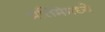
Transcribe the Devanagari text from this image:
प्रतिमेमध्ये